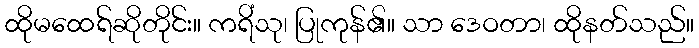
ထိုမထေရ်ဆိုတိုင်း။ ကရိံသု၊ ပြုကုန်၏။ သာ ဒေဝတာ၊ ထိုနတ်သည်။